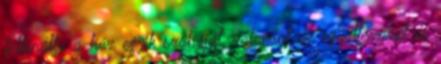
felkínálta a ház egyik szobáját, valamint az együttérzését és